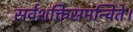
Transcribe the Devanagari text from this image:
सर्वशक्तिसमन्विते।